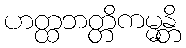
ဟတ္ထဘတ္တိကမ္မန္တိ